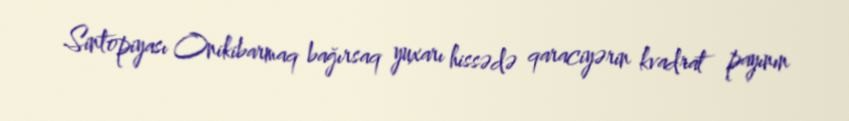
Sintopiyası Onikibarmaq bağırsaq yuxarı hissədə qaraciyərin kvadrat payının